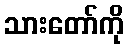
သားတော်ကို